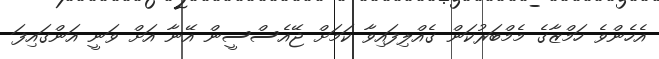
އެހެންވެ ހަމްޒާގެ މެމްބަރުކަން ގެއްލިފައިވާ ކަމަށް ޖޭއެސްސީން އޭނާ އަށް ވަނީ އަންގައިފަ